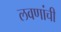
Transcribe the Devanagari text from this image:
लवणांची